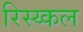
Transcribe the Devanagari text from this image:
रिस्य्कल